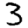
Digit: 3